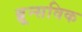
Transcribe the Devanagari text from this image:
ब्रून्सविक